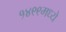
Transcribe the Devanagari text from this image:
१४९९मध्ये